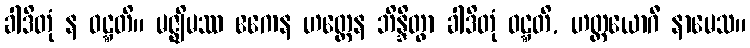
ခါဒိတုံ န ဝဋ္ဋတိ။ မဇ္ဈိမဿ ဧကေန ဟတ္ထေန ဘိန္ဒိတွာ ခါဒိတုံ ဝဋ္ဋတိ, ဟတ္ထယောဂီ နာမေသ။